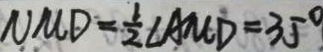
U M D = \frac { 1 } { 2 } \angle A M D = 3 5 ^ { \circ }